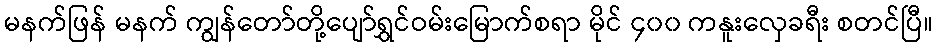
မနက်ဖြန် မနက် ကျွန်တော်တို့ပျော်ရွှင်ဝမ်းမြောက်စရာ မိုင် ၄၀၀ ကနူးလှေခရီး စတင်ပြီ။